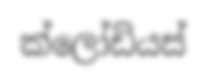
ක්ලෝඩියස්